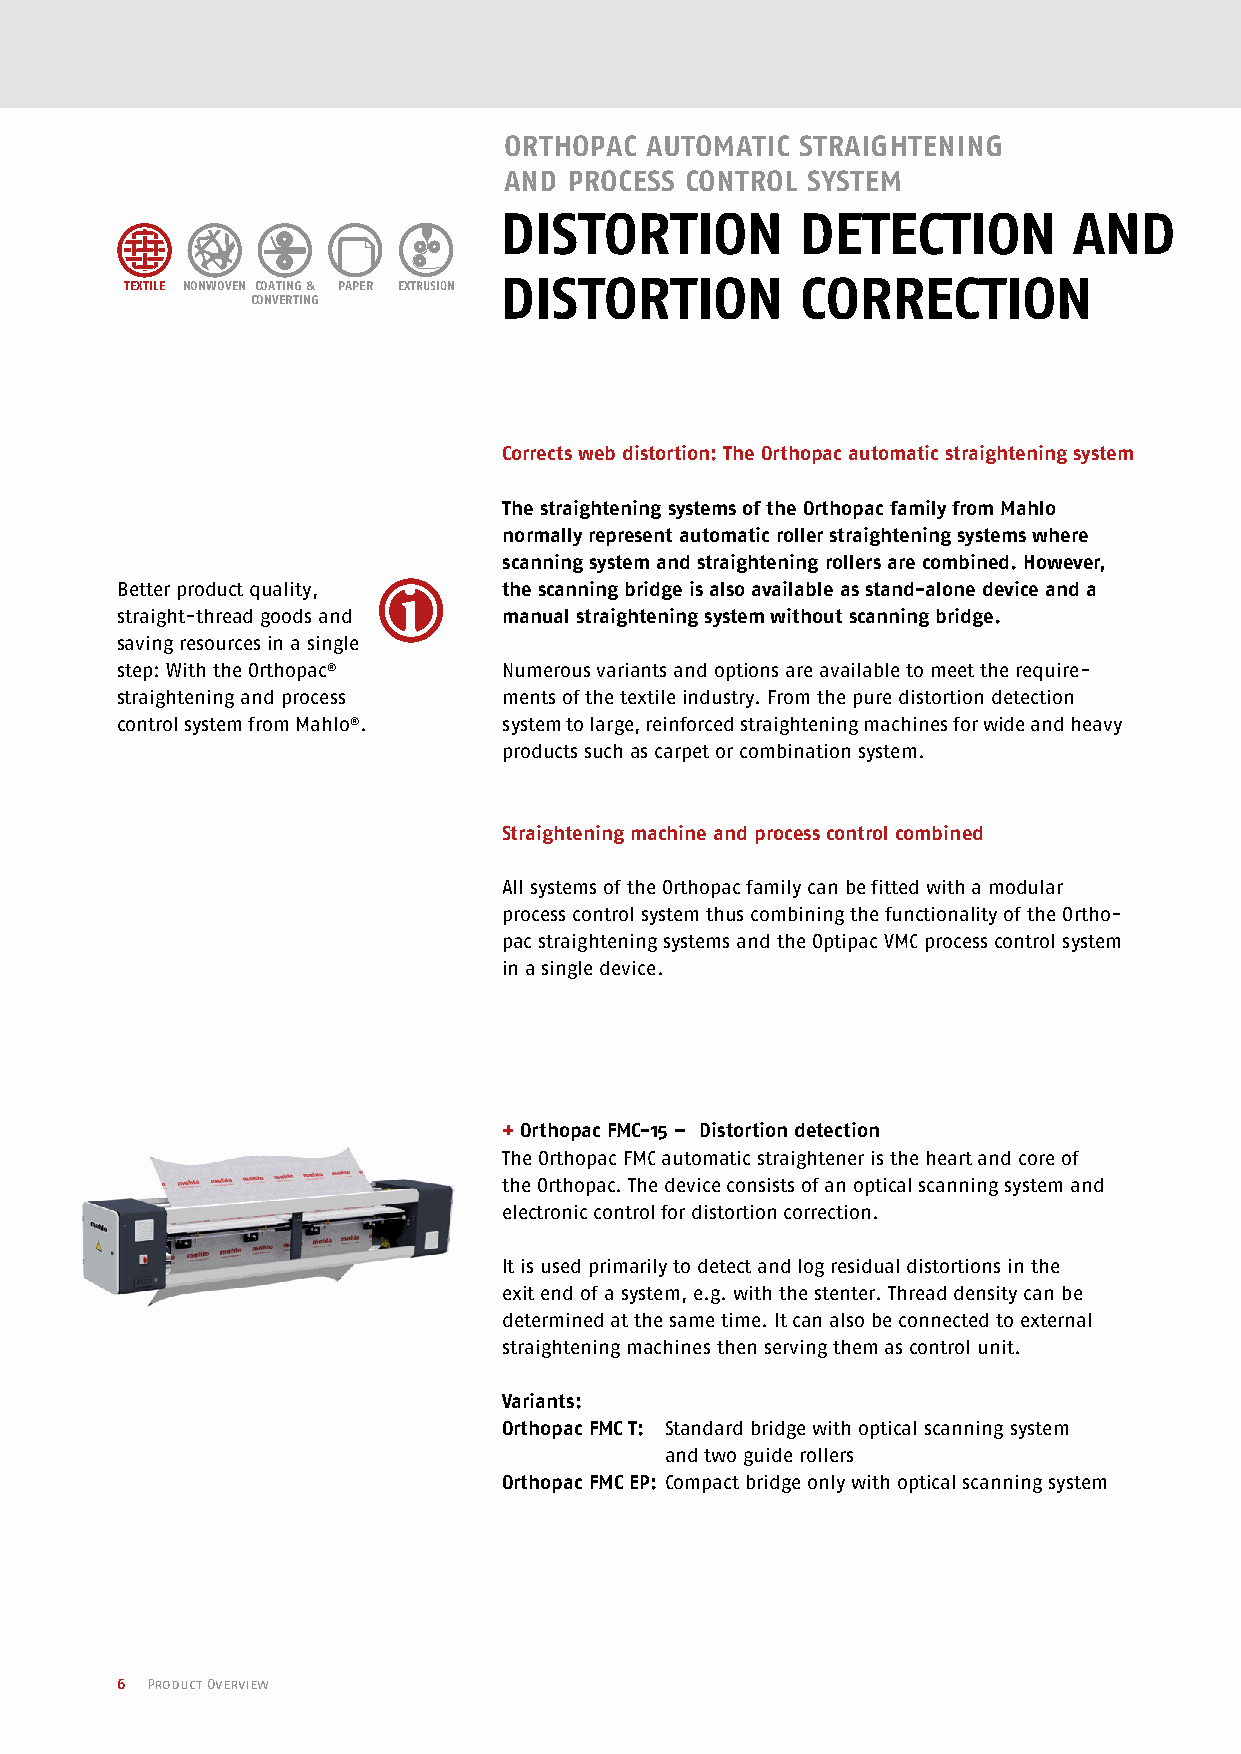
ORThOPAC  AuTOmATIC STRAIGhTENING
 ANd  PROCESS CONTROL SySTEm
 VERZuGSERKENNuNG/                dISTORTION          dETECTION         ANd
 dISTORTION          CORRECTION
 VERZuGSKORREKTuR TExTILE NONWOVEN COATING & PAPER ExTRuSION
 CONVERTING
 Corrects web distortion: The Orthopac automatic straightening system
 The straightening systems of the Orthopac family from Mahlo
 normally represent automatic roller straightening systems where
 scanning system and straightening rollers are combined. However,
 Better product quality,  the scanning bridge is also available as stand-alone device and a
 straight-thread goods and manual straightening system without scanning bridge.
 saving resources in a single
 step: With the Orthopac® Numerous variants and options are available to meet the require-
 straightening and process ments of the textile industry. From the pure distortion detection
 control system from Mahlo®. system to large, reinforced straightening machines for wide and heavy
 products such as carpet or combination system.
 Straightening machine and process control combined
 All systems of the Orthopac family can be fitted with a modular
 process control system thus combining the functionality of the Ortho-
 pac straightening systems and the Optipac VMC process control system
 in a single device.
 + Orthopac FMC-15 – Distortion detection
 The Orthopac FMC automatic straightener is the heart and core of
 the Orthopac. The device consists of an optical scanning system and
 electronic control for distortion correction.
 It is used primarily to detect and log residual distortions in the
 exit end of a system, e.g. with the stenter. Thread density can be
 determined at the same time. It can also be connected to external
 straightening machines then serving them as control unit.
 Variants:
 Orthopac FMC T: Standard bridge with optical scanning system
 and two guide rollers
 Orthopac FMC EP: Compact bridge only with optical scanning system
 6 Product Overview